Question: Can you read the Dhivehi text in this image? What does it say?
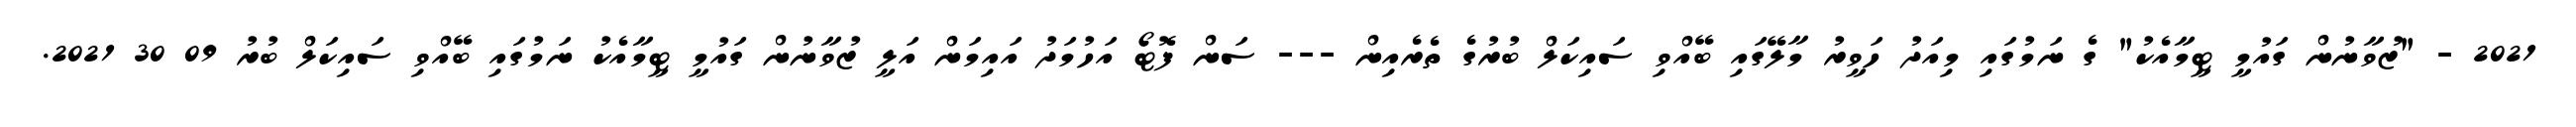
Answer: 2021 - "ޒުވާނުން ގައުމީ ޓީމާއެކު" ގެ ނަމުގައި މިއަދު ހަވީރު މާލޭގައި ބޭއްވި ސައިކަލް ބުރުގެ ތެރެއިން --- ސަން ފޮޓޯ އަހުމަދު އައިމަން އަލީ ޒުވާނުން ގައުމީ ޓީމާއެކު ނަމުގައި ބޭއްވި ސައިކަލް ބުރު 09 30 2021.